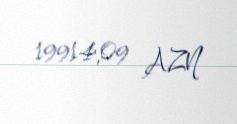
19914,09 AZN